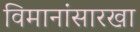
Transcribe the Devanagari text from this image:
विमानांसारखा